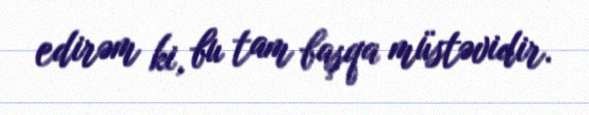
edirəm ki, bu tam başqa müstəvidir.